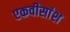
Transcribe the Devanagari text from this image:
एकवीसांश